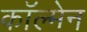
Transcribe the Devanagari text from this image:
काॅल्मेन